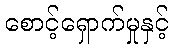
စောင့်ရှောက်မှုနှင့်